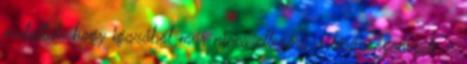
mutatták, hogy igazából már nincs ellenére a társaságomnak: a